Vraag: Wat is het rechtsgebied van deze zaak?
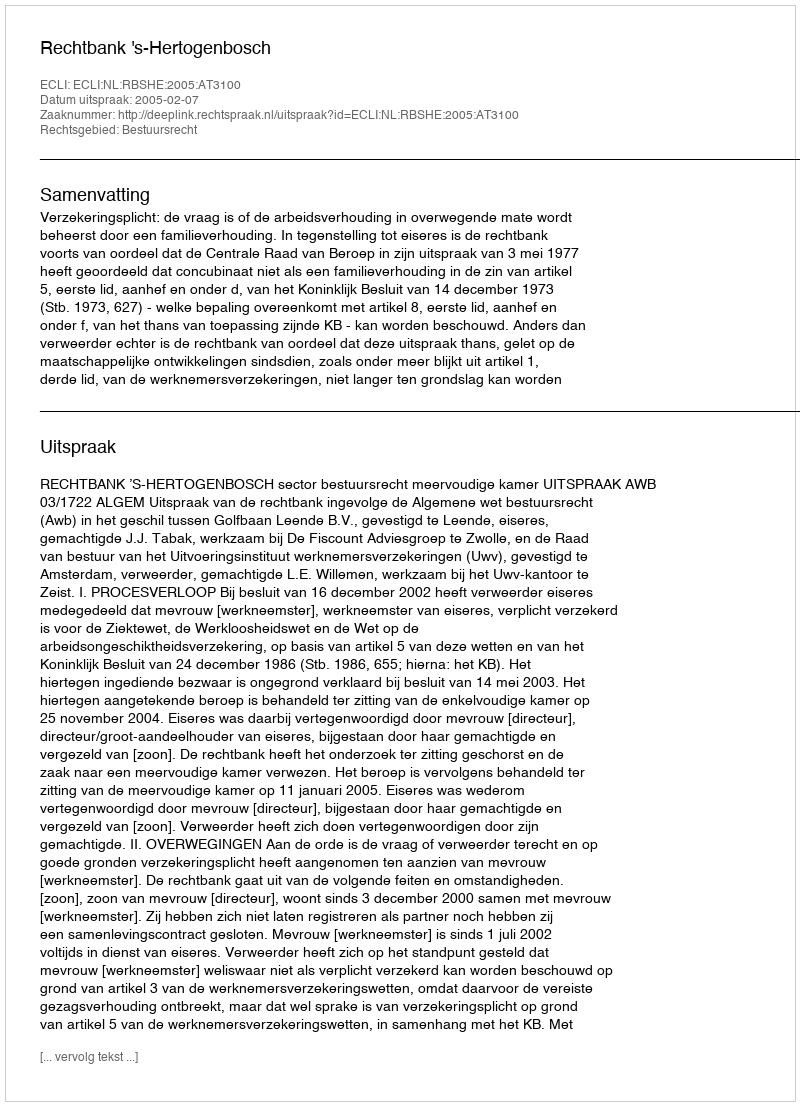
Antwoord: Bestuursrecht